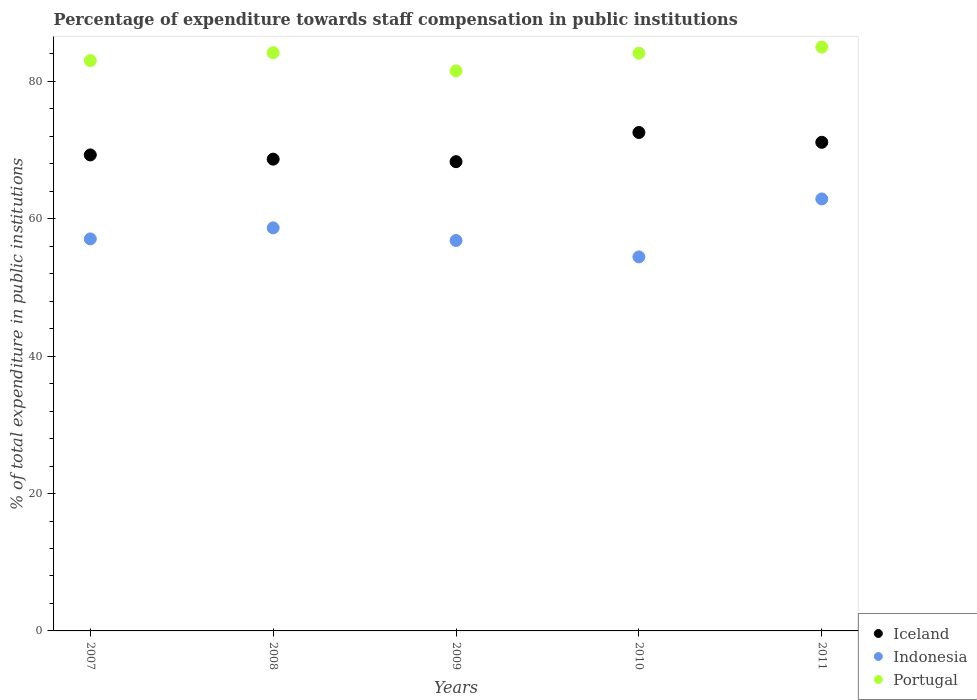
| Years | Iceland | Indonesia | Portugal |
 | --- | --- | --- | --- |
 | 2007 | 69.3 | 57.1 | 83 |
 | 2008 | 68.7 | 58.7 | 84.2 |
 | 2009 | 68.3 | 56.8 | 81.5 |
 | 2010 | 72.6 | 54.5 | 84.1 |
 | 2011 | 71.1 | 62.9 | 85 |